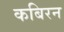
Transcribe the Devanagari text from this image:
कबिरन